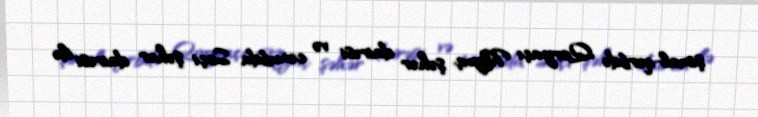
şimal-qərbdə Qoryaçı Klyuç şəhər dairəsi və cənubda Soçi şəhər dairəsi ilə